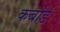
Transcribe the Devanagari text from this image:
कर्बोर्ड